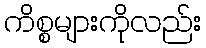
ကိစ္စများကိုလည်း